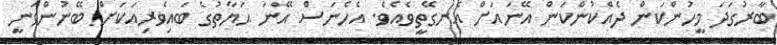
ބާރުގަދަ މީހުންކަން ދެއްކުންކަން އޭނައަށް އެނގޭތީވެއެވެ. އެހެނަސް އޭނަ ޙަޔާތުގެ ބައިވެރިއަކަށް ބޭނުންވަނީ